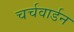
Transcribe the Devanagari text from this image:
चर्चवार्डन